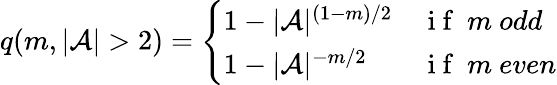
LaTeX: q(m,|{\cal{A}}|>2)=\left\{ \begin{array}{ll}{1-|{\cal{A}}|^{(1-m)/2}}&{\mathrm{~i~f~}\ m\ odd}\\ {1-|{\cal{A}}|^{-m/2}}&{\mathrm{~i~f~}\ m\ even}\end{array}\right.